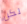
لكن